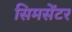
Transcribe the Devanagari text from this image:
सिमसेंटर